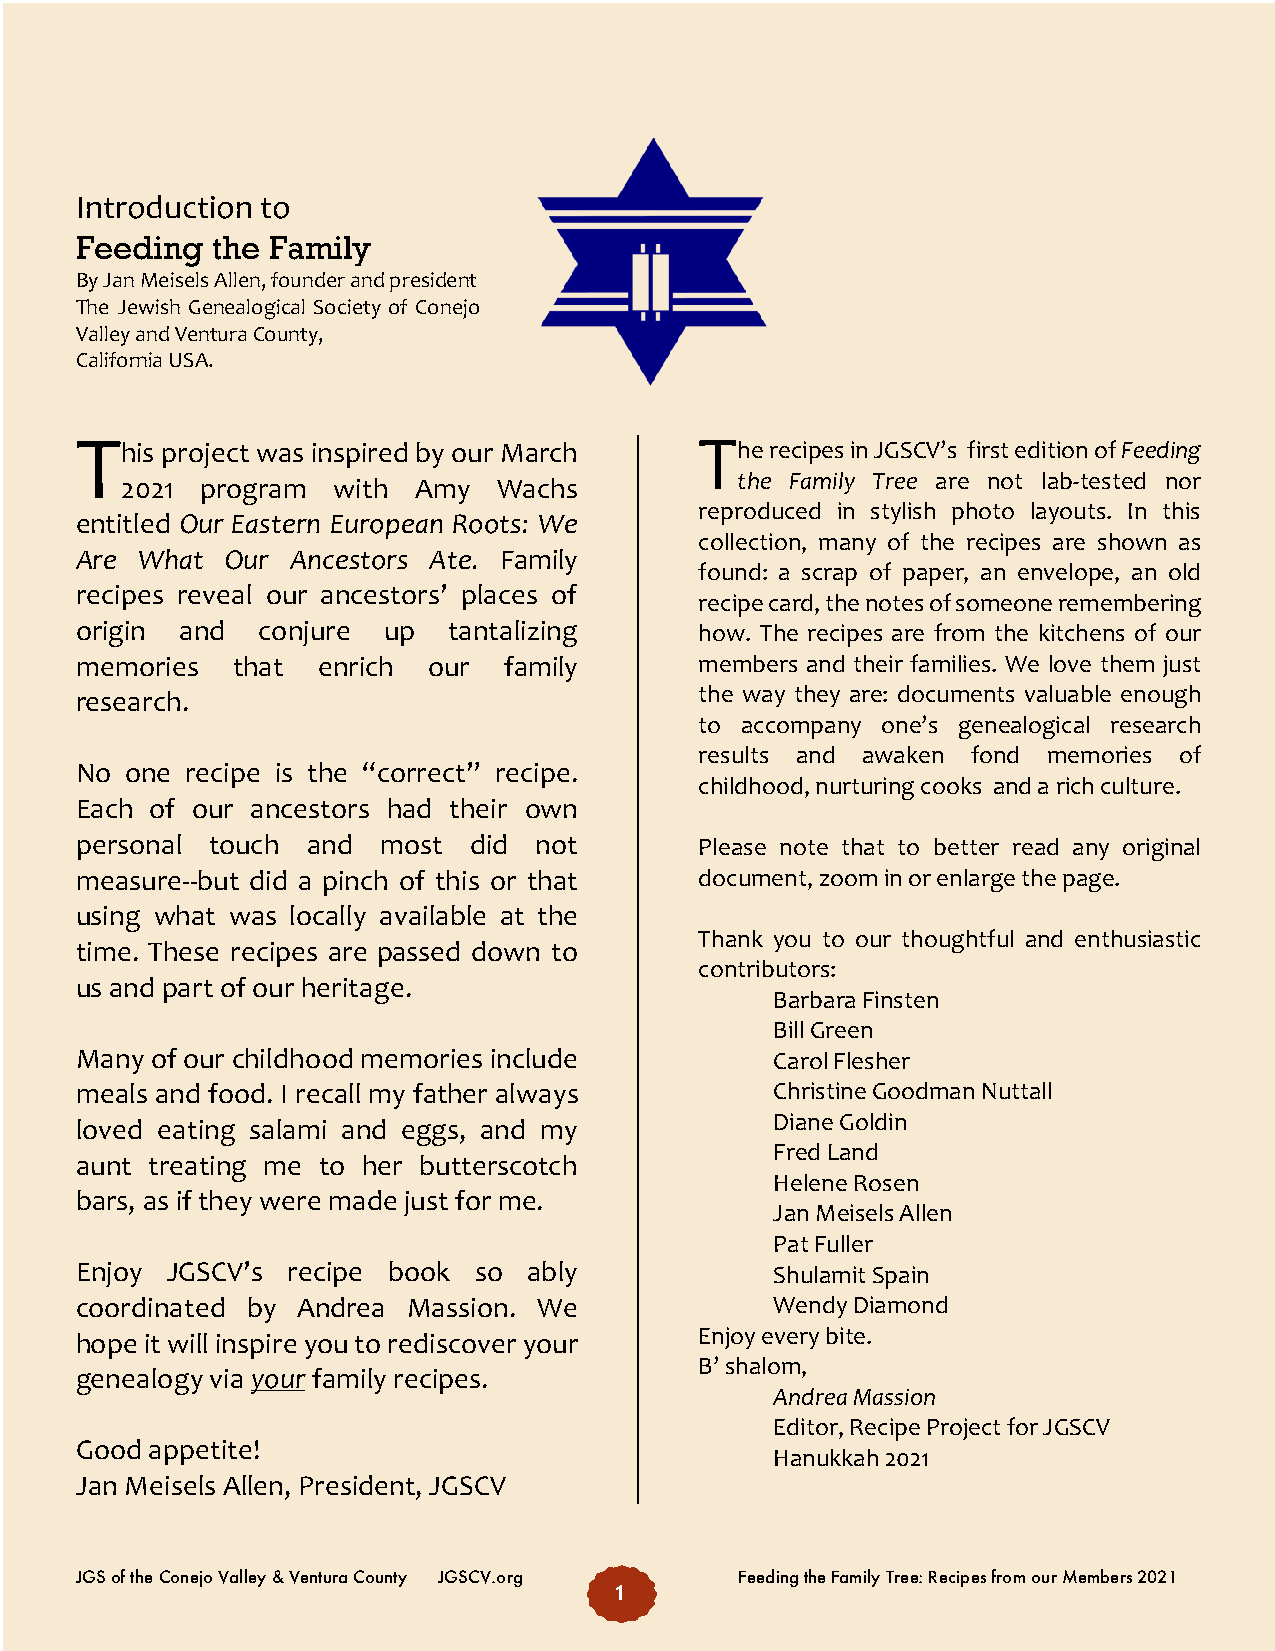
Introduction to
 Feeding  the Family
 By Jan Meisels Allen, founder and president
 The Jewish Genealogical Society of Conejo
 Valley and Ventura County,
 California USA.
 T                                        T
 his project was inspired by our March    he recipes in JGSCV’s first edition of Feeding
 2021 program  with  Amy  Wachs           the Family Tree are not lab-tested nor
 reproduced in stylish photo layouts. In this
 entitled Our Eastern European Roots: We
 collection, many of the recipes are shown as
 Are What  Our Ancestors Ate. Family
 found: a scrap of paper, an envelope, an old
 recipes reveal our ancestors’ places of
 recipe card, the notes of someone remembering
 origin and  conjure up   tantalizing     how. The recipes are from the kitchens of our
 memories  that  enrich our  family       members and their families. We love them just
 research.                                the way they are: documents valuable enough
 to accompany one’s genealogical research
 results and awaken fond memories of
 No one recipe is the “correct” recipe.
 childhood, nurturing cooks and a rich culture.
 Each of our ancestors had their own
 personal touch and  most  did not        Please note that to better read any original
 measure--but did a pinch of this or that document, zoom in or enlarge the page.
 using what was locally available at the
 Thank you to our thoughtful and enthusiastic
 time. These recipes are passed down to
 contributors:
 us and part of our heritage.
 Barbara Finsten
 Bill Green
 Many of our childhood memories include        Carol Flesher
 meals and food. I recall my father always     Christine Goodman Nuttall
 Diane Goldin
 loved eating salami and eggs, and my
 Fred Land
 aunt treating me to her butterscotch
 Helene Rosen
 bars, as if they were made just for me.
 Jan Meisels Allen
 Pat Fuller
 Enjoy JGSCV’s recipe book so  ably            Shulamit Spain
 coordinated by Andrea Massion. We             Wendy Diamond
 hope it will inspire you to rediscover your Enjoy every bite.
 B’ shalom,
 genealogy via your family recipes.
 Andrea Massion
 Editor, Recipe Project for JGSCV
 Good appetite!
 Hanukkah 2021
 Jan Meisels Allen, President, JGSCV
 JGS of the Conejo Valley & Ventura County JGSCV.org Feeding the Family Tree: Recipes from our Members 2021
 1